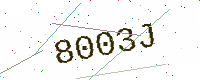
Text: 8003J